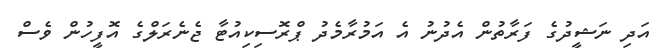
އަދި ނަޝީދުގެ ފަރާތުން އެދުނު އެ އަމުރާމެދު ޕްރޮސިކިއުޓާ ޖެނެރަލްގެ އޮފީހުން ވެސް